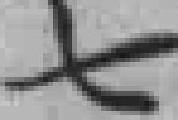
七